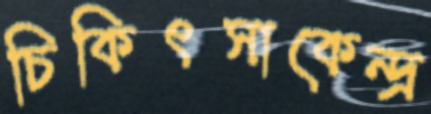
চিকিৎসাকেন্দ্র